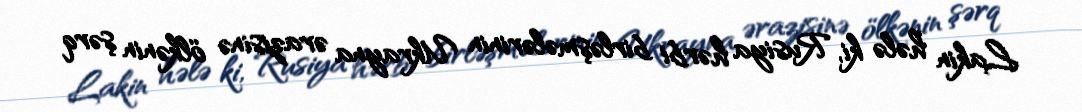
Lakin hələ ki, Rusiya hərbi birləşmələrinin Ukrayna ərazisinə ölkənin şərq